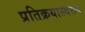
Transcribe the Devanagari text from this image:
प्रतिक्रयास्वरूप